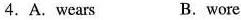
4.A.Wears B.wore